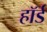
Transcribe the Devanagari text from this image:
हॉर्ड